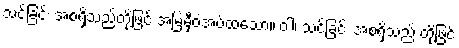
သင်ခြင်း အစရှိသည်တို့ဖြင့် အမြဲမှီဝဲအပ်ထသော။ ဝါ၊ သင်ခြင်း အစရှိသည် တို့ဖြင့်